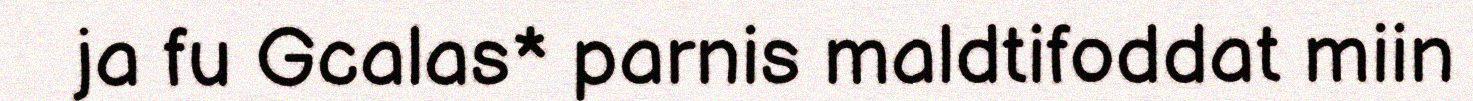
ja fu Gcalas* parnis maldtifoddat miin